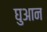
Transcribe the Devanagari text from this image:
घुआन